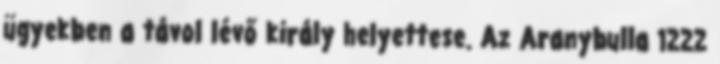
ügyekben a távol lévő király helyettese. Az Aranybulla 1222